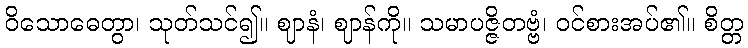
ဝိသောဓေတွာ၊ သုတ်သင်၍။ ဈာနံ၊ ဈာန်ကို။ သမာပဇ္ဇိတဗ္ဗံ၊ ဝင်စားအပ်၏။ စိတ္တ